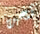
نحن